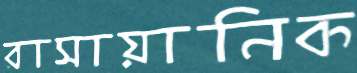
রাসায়ানিক